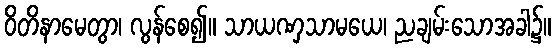
ဝိတိနာမေတွာ၊ လွန်စေ၍။ သာယဏှသာမယေ၊ ညချမ်းသောအခါ၌။